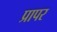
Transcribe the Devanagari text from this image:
प्रापर